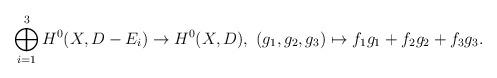
LaTeX: \begin{align*}\bigoplus_{i=1}^3 H^0(X, D-E_i)\to H^0(X,D),\ (g_1,g_2,g_3)\mapsto f_1g_1+f_2g_2+f_3g_3.\end{align*}